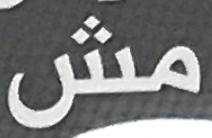
مش